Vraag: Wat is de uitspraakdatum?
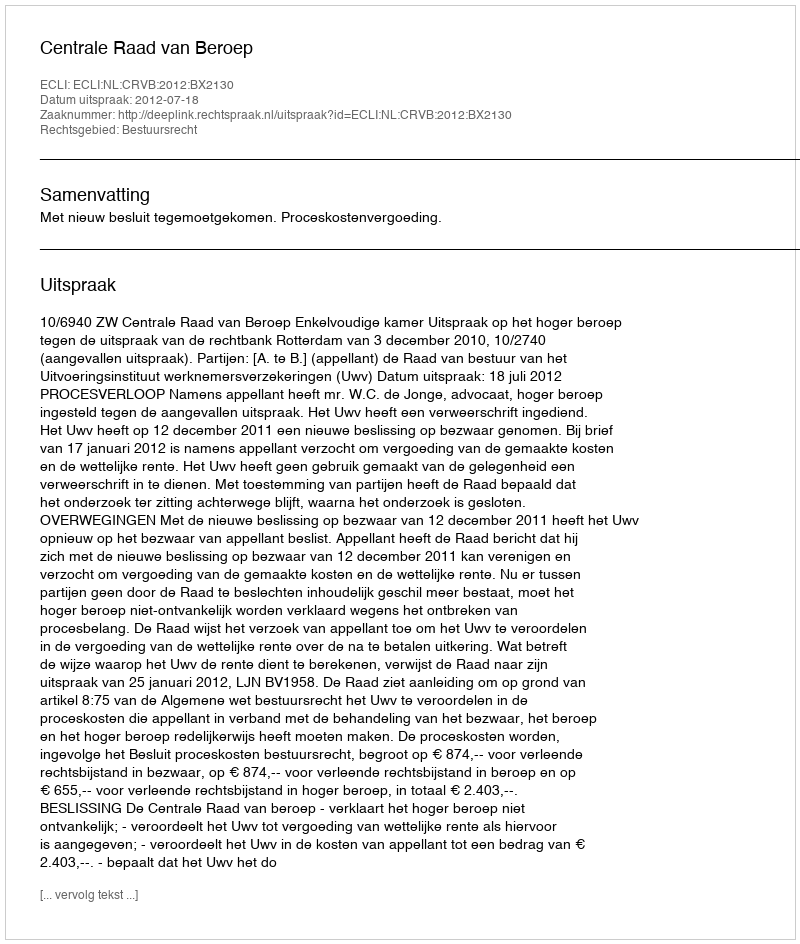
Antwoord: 2012-07-18